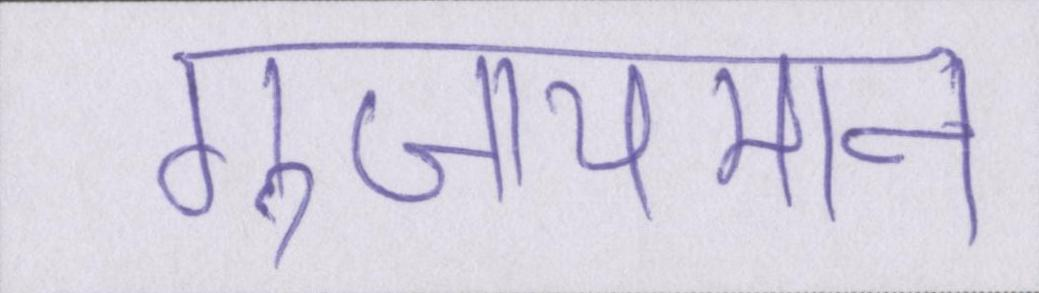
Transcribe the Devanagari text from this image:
गुंजायमान